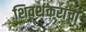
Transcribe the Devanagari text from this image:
शिवशंकरांचा